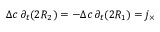
\Delta c \, \partial _ { t } ( 2 R _ { 2 } ) = - \Delta c \, \partial _ { t } ( 2 R _ { 1 } ) = j _ { \times }